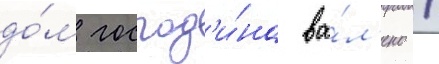
до́м господ'и́на ва́л'ено /